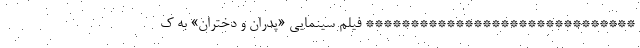
****************************** فیلم سینمایی «پدران و دختران» به ک